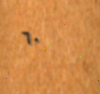
٦٠